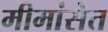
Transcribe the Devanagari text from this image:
मीमांसेत